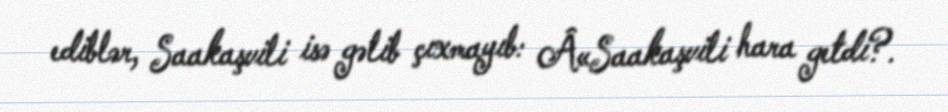
ediblər, Saakaşvili isə gəlib çıxmayıb: Â«Saakaşvili hara getdi?.